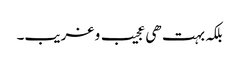
بلکہ بہت ھی عجیب و غریب۔